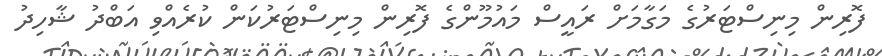
ފޮރިން މިނިސްޓަރުގެ މަގާމަށް ރައީސް މައުމޫންގެ ފޮރިން މިނިސްޓަރުކަން ކުރެއްވި އަބްދު ޝާހިދު